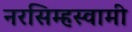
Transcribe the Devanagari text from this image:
नरसिम्हस्वामी